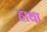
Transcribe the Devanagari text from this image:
हाथा